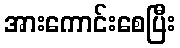
အားကောင်းစေပြီး